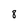
Character: 8